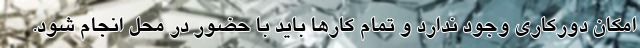
امکان دورکاری وجود ندارد و تمام کارها باید با حضور در محل انجام شود.